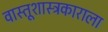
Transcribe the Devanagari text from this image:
वास्तूशास्त्रकाराला